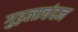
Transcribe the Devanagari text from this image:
गुड़लाचंदन